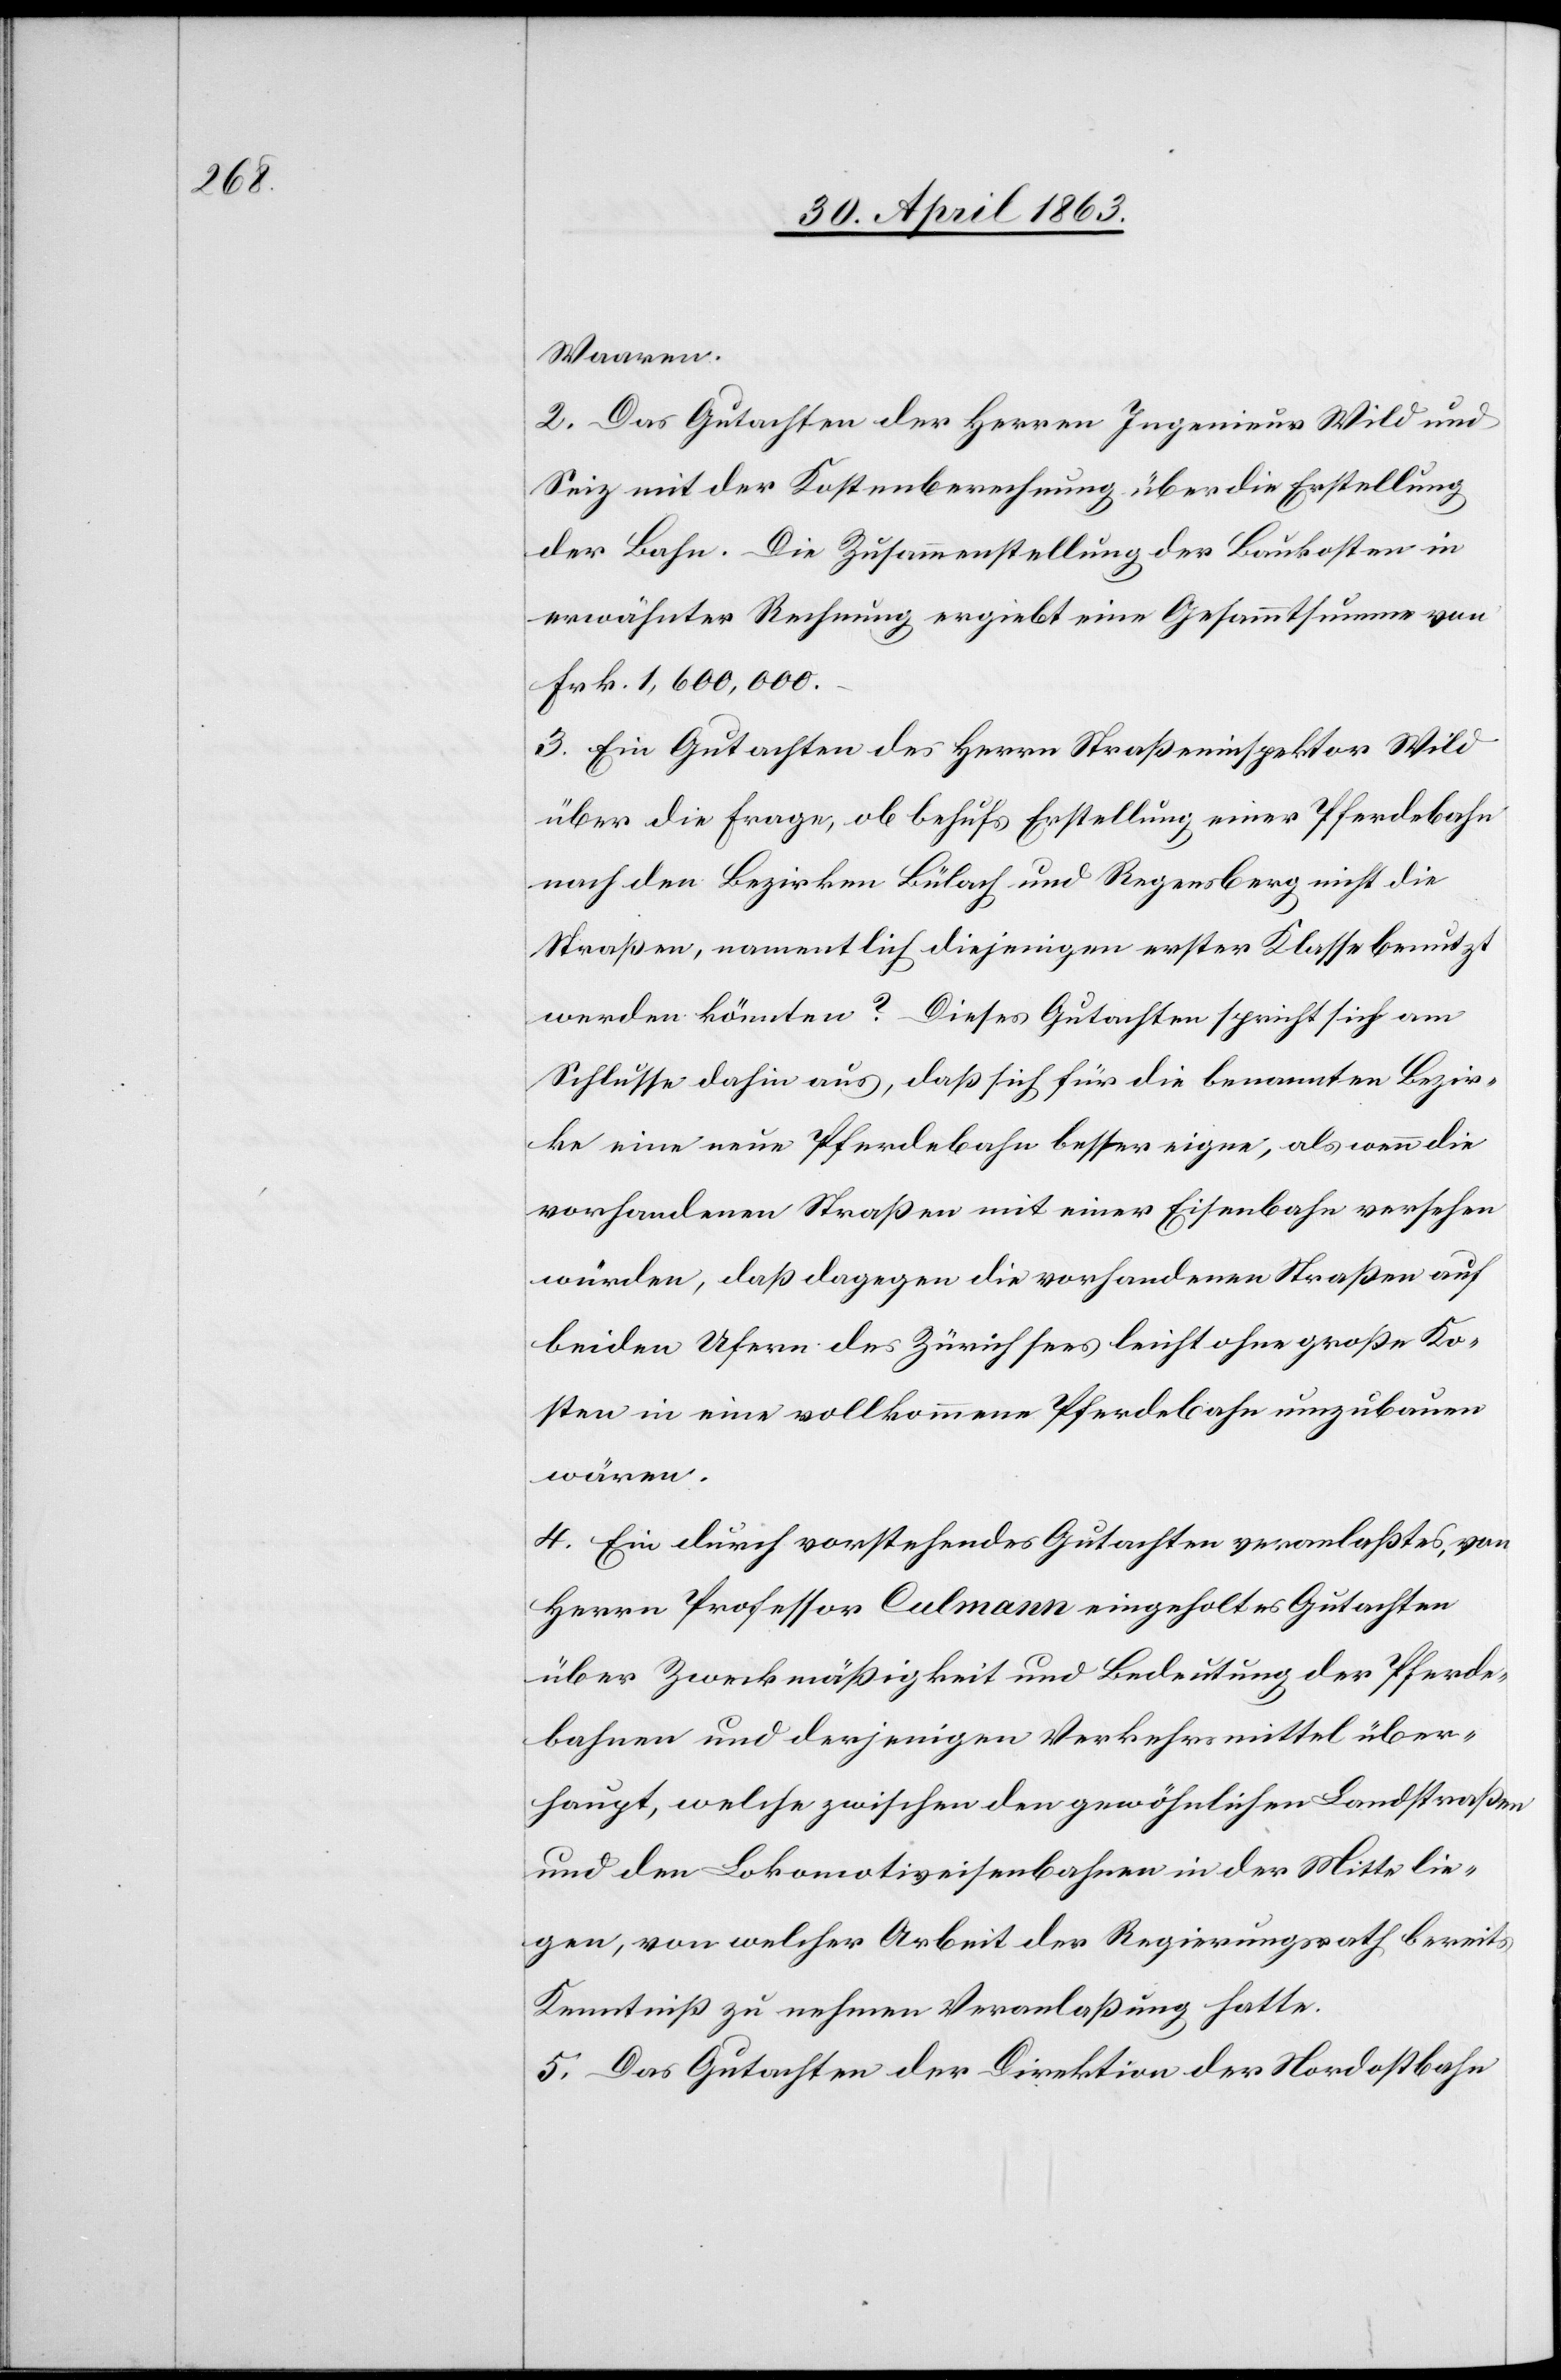
Waaren.
2. Das Gutachten der Herren Ingenieur Wild und
Seiz mit der Kostenberechnung über die Erstellung
der Bahn. Die Zusammenstellung der Baukosten in
erwähnter Rechnung ergiebt eine Gesammtsumme von
Frk. 1,600,000.
3. Ein Gutachten des Herrn Straßeninspektor Wild
über die Frage, ob behufs Erstellung einer Pferdebahn
nach den Bezirken Bülach und Regensberg nicht die
Straßen, namentlich diejenigen erster Klasse benutzt
werden könnten? Dieses Gutachten spricht sich am
Schlusse dahin aus, daß sich für die benannten Bezir¬
ke eine neue Pferdebahn besser eigne, als wenn die
vorhandenen Straßen mit einer Eisenbahn versehen
würden, daß dagegen die vorhandenen Straßen auf
beiden Ufern des Zürichsees leicht ohne große Ko¬
sten in eine vollkommene Pferdebahn umzubauen
wären.
4. Ein durch vorstehendes Gutachten veranlaßtes, von
Herrn Professor Culmann eingeholtes Gutachten
über Zweckmäßigkeit und Bedeutung der Pferde¬
bahnen und derjenigen Verkehrsmittel über¬
haupt, welche zwischen den gewöhnlichen Landstraßen
und den Lokomotiveisenbahnen in der Mitte lie¬
gen, von welcher Arbeit der Regierungsrath bereits
Kenntniß zu nehmen Veranlaßung hatte.
5. Das Gutachten der Direktion der Nordostbahn